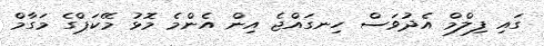
ގައި ފިލްމް އެދުވަސް ހިނގައްޖެ އިން އެންމެ މޮޅު މޭކަޕްގެ މަގާމް